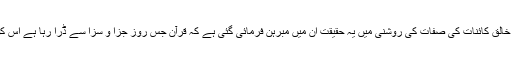
آفاق و انفس کے شواہد اور خالق کائنات کی صفات کی روشنی میں یہ حقیقت ان میں مبرہن فرمائی گئی ہے کہ قرآن جس روز جزا و سزا سے ڈرا رہا ہے اس کو ہنسی مسخری نہ سمجھو۔